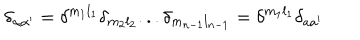
LaTeX: \delta _ { \alpha \alpha ^ { \prime } } = \delta ^ { m _ { 1 } l _ { 1 } } \delta _ { m _ { 2 } l _ { 2 } } . . . \delta _ { m _ { n - 1 } l _ { n - 1 } } = \delta ^ { m _ { 1 } l _ { 1 } } \delta _ { a a ^ { \prime } }